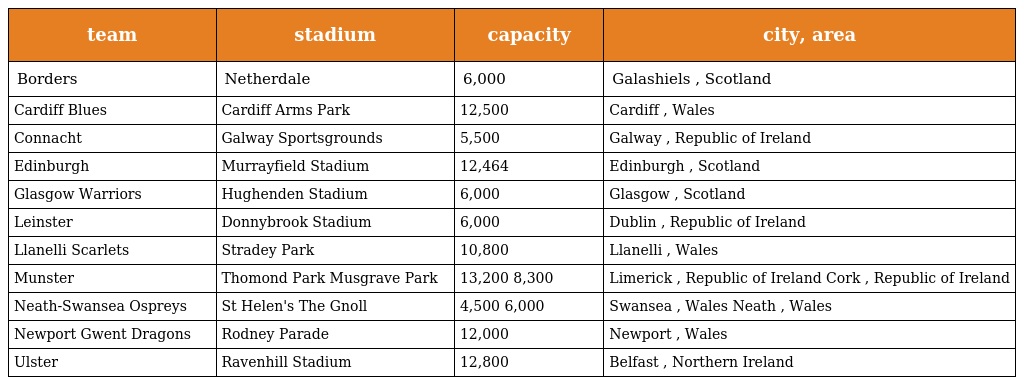
| team | stadium | capacity | city, area |
 | --- | --- | --- | --- |
 | Borders | Netherdale | 6,000 | Galashiels , Scotland |
 | Cardiff Blues | Cardiff Arms Park | 12,500 | Cardiff , Wales |
 | Connacht | Galway Sportsgrounds | 5,500 | Galway , Republic of Ireland |
 | Edinburgh | Murrayfield Stadium | 12,464 | Edinburgh , Scotland |
 | Glasgow Warriors | Hughenden Stadium | 6,000 | Glasgow , Scotland |
 | Leinster | Donnybrook Stadium | 6,000 | Dublin , Republic of Ireland |
 | Llanelli Scarlets | Stradey Park | 10,800 | Llanelli , Wales |
 | Munster | Thomond Park Musgrave Park | 13,200 8,300 | Limerick , Republic of Ireland Cork , Republic of Ireland |
 | Neath-Swansea Ospreys | St Helen's The Gnoll | 4,500 6,000 | Swansea , Wales Neath , Wales |
 | Newport Gwent Dragons | Rodney Parade | 12,000 | Newport , Wales |
 | Ulster | Ravenhill Stadium | 12,800 | Belfast , Northern Ireland |